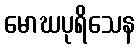
မောဃပုရိသေန